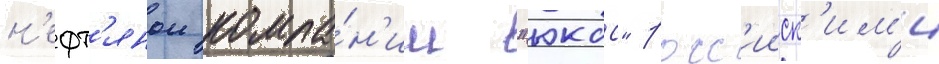
н'ефт'янои компа́н'ии "юкос" росс'ииск'им'и